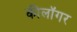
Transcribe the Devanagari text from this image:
कीलॉगर